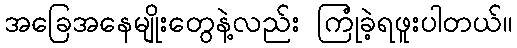
အခြေအနေမျိုးတွေနဲ့လည်း ကြုံခဲ့ရဖူးပါတယ်။